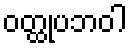
ဝတ္ထုပဘဝါ